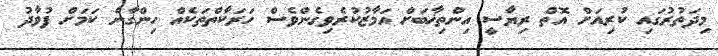
މިދަތުރުގައި ކުރިއަށް އޮތް ރިޔާސީ އިންތިޚާބަށް އަމާޒުކުރެވިގެންވެސް ހަރަކާތްތަކެއް ހިންގާނެ ކަމަށް ފުވާދު